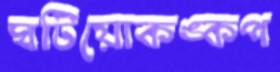
ঘটিয়োকঙ্কপ